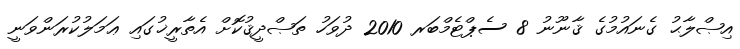
އިޞްލާޙު ގެނައުމުގެ ޤާނޫނު 8 ސެޕްޓެމްބަރ 2010 ދުވަހު ތަޞްދީޤުކޮށް އެތާރީޚުގައި ޢަމަލުކުރަންވަނީ